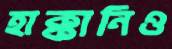
হাক্কানিও